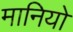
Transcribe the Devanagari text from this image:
मानियो